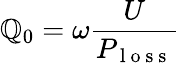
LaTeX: \mathbb{Q}_{0}=\omega\frac{{U}}{{P_{\mathrm{{~l~o~s~s~}}}}}